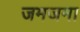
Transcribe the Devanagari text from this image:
जमजमा